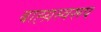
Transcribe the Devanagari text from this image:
बाह्य़स्वरूप